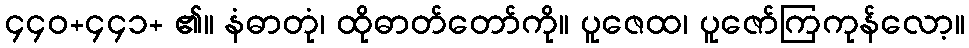
၄၄၀+၄၄၁+ ၏။ နံဓာတုံ၊ ထိုဓာတ်တော်ကို။ ပူဇေထ၊ ပူဇော်ကြကုန်လော့။